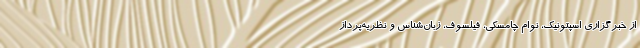
از خبرگزاری اسپتونیک، نوام چامسکی، فیلسوف، زبان‌شناس و نظریه‌پرداز